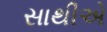
સાથીએ